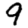
Digit: 9